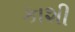
કાશી